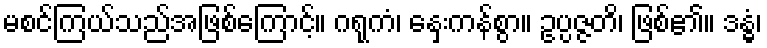
မစင်ကြယ်သည်အဖြစ်ကြောင့်။ ဂရုကံ၊ နှေးကန်စွာ။ ဥပ္ပဇ္ဇတိ၊ ဖြစ်၏။ ဒန္ဓံ၊